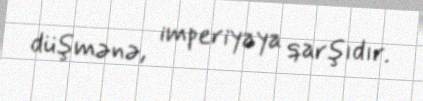
düşmənə, imperiyaya qarşıdır.